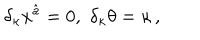
\delta _ { \kappa } x ^ { \hat { a } } = 0 , \, \, \delta _ { \kappa } \theta = \kappa \, ,